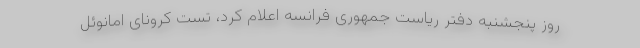
روز پنجشنبه دفتر ریاست جمهوری فرانسه اعلام کرد، تست کرونای امانوئل